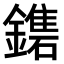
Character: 𨮀